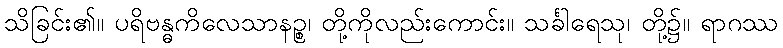
သိခြင်း၏။ ပရိဗန္ဓကိလေသာနဉ္စ၊ တို့ကိုလည်းကောင်း။ သင်္ခါရေသု၊ တို့၌။ ရာဂဿ